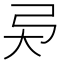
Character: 𢎴